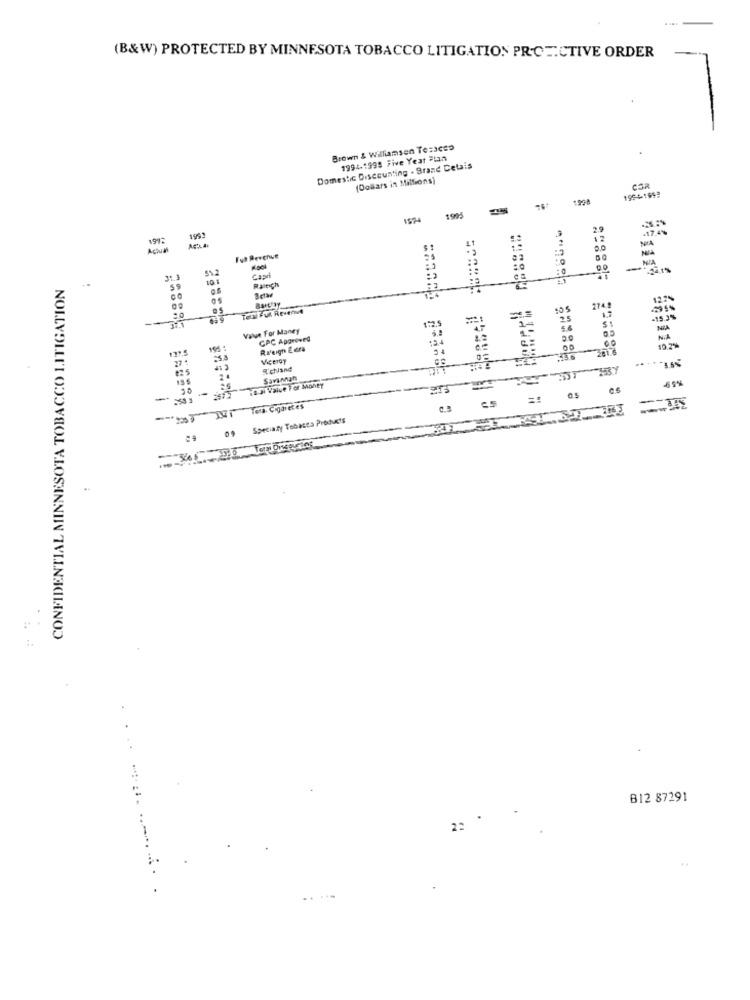
(B&W) PROTECTED BY MINNESOTA TOBACCO LITIGATION PR.CE.CTIVE ORDER
Brown & Williamsen Te:scso
1994-1995 Five Year Plan
Domestic Discounting . Brand Celais
(Dollars in Millions)
1954-1992
1998
1995
1574
Actual
ACLA
Ful Revenue
51.2
CONFIDENTIAL MINNESOTA TOBACCO LITIGATION
Raleich
12.7%
TON Ful Revenve
172.9
-15 34
Value For Money
NA
CPC Approved
N.A
Raleigh Eera
19.2%
271
ViCerOy
S'ENand
Savannah
69%
215
=
es
-- 17 14i Tea Contes
C.3
ES
Speciary Tobases Products
B12 87291
22